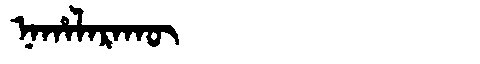
Manchu: ᠨᠠᡥᠠᠯᠠᡵᠠᡴᡡ
Romanization: NAHALARAKŪ